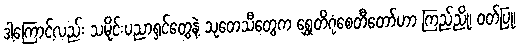
ဒါ့ကြောင့်လည်း သမိုင်းပညာရှင်တွေနဲ့ သုတေသီတွေက ရွှေတိဂုံစေတီတော်ဟာ ကြည်ညို၊ ၀တ်ပြု၊